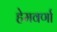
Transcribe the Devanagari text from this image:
हेमवर्णा